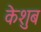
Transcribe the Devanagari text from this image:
केशुब